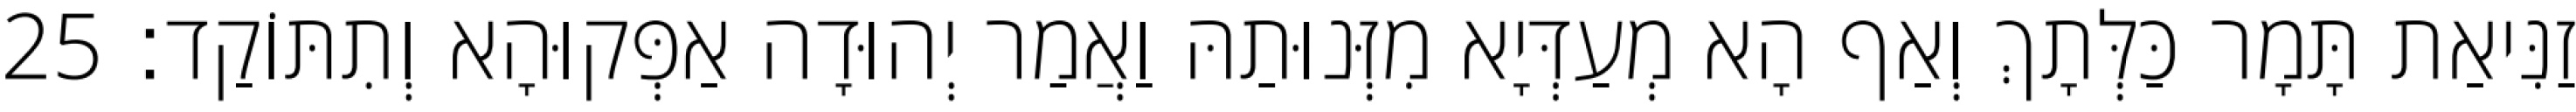
זַנִּיאַת תָּמָר כַּלְּתָךְ וְאַף הָא מְעַדְּיָא מִזְּנוּתַהּ וַאֲמַר יְהוּדָה אַפְּקוּהָא וְתִתּוֹקַד׃ 25